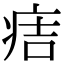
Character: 𤵹